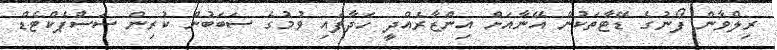
ރިލްވާން ފޯނުގެ ޑޭޓާތަކުން އޭނާއަށް އިންޒާރެއްދީ ހަދާފައި ވުމުގެ ސަބަބުން ކުރިން ސަސްޕެކްޓެޑް